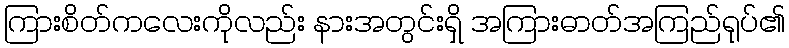
ကြားစိတ်ကလေးကိုလည်း နားအတွင်းရှိ အကြားဓာတ်အကြည်ရုပ်၏